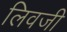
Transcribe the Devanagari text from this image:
लिवजी